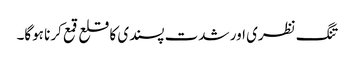
تنگ نظری اور شدت پسندی کا قلع قمع کرنا ہوگا۔